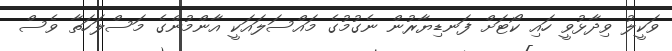
ވަކީލު ވިދާޅުވީ ހައި ކޯޓަށް ފަނޑިޔާރުން ނެގުމުގެ މައްސަލައަކީ އާންމުންގެ މަސްލަހަތާ ވެސް